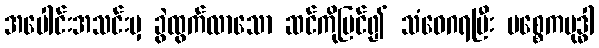
အပေါင်းအသင်းမှ ခွဲထွက်လာသော ဆင်ကိုမြင်၍ သံဝေဂရပြီး ပစ္စေကဗုဒ္ဓါ